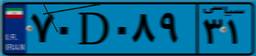
۸۳D۹۲۱۴۰